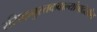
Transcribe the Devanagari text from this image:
रसिकपुस्तकवाल्यांचादेखील